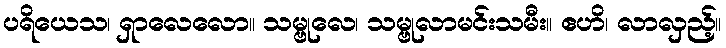
ပရိယေသ၊ ရှာလေလော။ သမ္ဗုလေ၊ သမ္ဗုလာမင်းသမီး။ ဧဟိ၊ လာလှည့်။